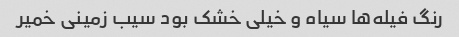
رنگ فیله‌ها سیاه و خیلی خشک بود سیب زمینی خمیر